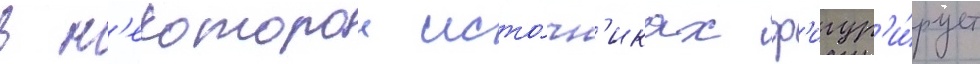
в н'екоторои исто́чн'иках ф'игур'и́рует